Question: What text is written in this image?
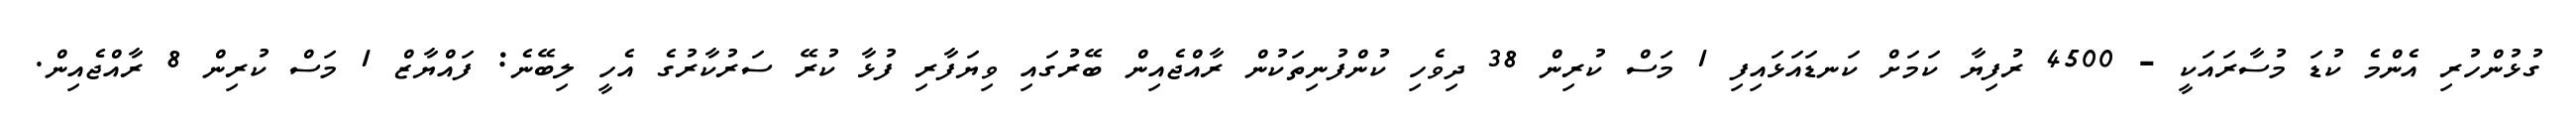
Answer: ގުޅުންހުރި އެންމެ ކުޑަ މުސާރައަކީ - 4500 ރުފިޔާ ކަމަށް ކަނޑައަޅައިފި 1 މަސް ކުރިން 38 ދިވެހި ކުންފުނިތަކުން ރާއްޖެއިން ބޭރުގައި ވިޔަފާރި ފުޅާ ކުރޭ ސަރުކާރުގެ އެހީ ލިބޭނެ: ފައްޔާޒް 1 މަސް ކުރިން 8 ރާއްޖެއިން.